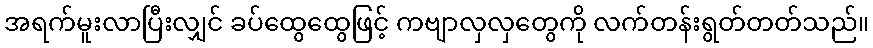
အရက်မူးလာပြီးလျှင် ခပ်ထွေထွေဖြင့် ကဗျာလှလှတွေကို လက်တန်းရွတ်တတ်သည်။